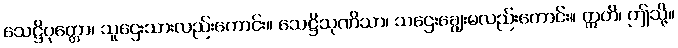
သေဋ္ဌိပုတ္တော၊ သူဌေးသားလည်းကောင်း။ သေဋ္ဌိသုဏိသာ၊ သဌေးချွေးမလည်းကောင်း။ ဣတိ၊ ဤသို့။